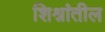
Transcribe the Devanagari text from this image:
शिश्नांतील